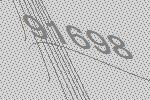
91698